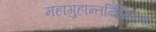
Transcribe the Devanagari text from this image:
महागुहान्तर्निक्षिप्तः